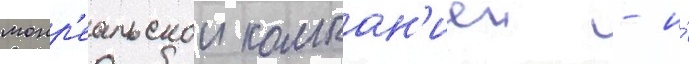
монр'еальскои компан'иеи - и́